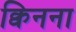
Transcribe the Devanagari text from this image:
क्विनना